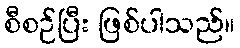
စီစဉ်ပြီး ဖြစ်ပါသည်။